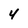
Character: 4